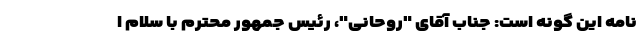
نامه این گونه است: جناب آقای "روحانی"، رئیس جمهور محترم با سلام ا